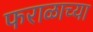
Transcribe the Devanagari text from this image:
फराळाच्या